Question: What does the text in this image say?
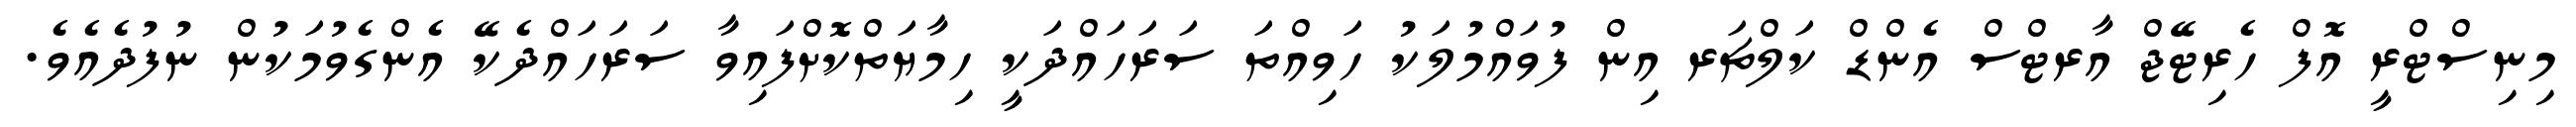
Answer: މިނިސްޓްރީ އޮފް ހެރިޓޭޖް އާރޓްސް އެންޑް ކަލްޗަރ އިން ފުވައްމުލަކު ހަވިއްތަ ސަރަހައްދަކީ ހިމާޔަތްކޮށްފައިވާ ސަރަހައްދެކޭ އެންގެވުމަކުން ނުފުދެއެވެ.